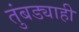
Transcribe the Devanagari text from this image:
तुंबड्याही